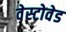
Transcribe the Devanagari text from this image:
वेस्टोवेड